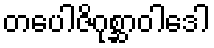
တပေါဇိဂုစ္ဆာဝါဒေါ